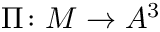
\Pi \colon M \to A ^ { 3 }